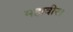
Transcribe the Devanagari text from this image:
महावीर।